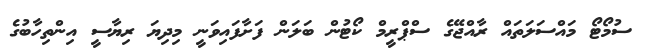
ސުމޯޓޯ މައްސަލަތައް ރާއްޖޭގެ ސްޕްރީމް ކޯޓުން ބަލަން ފަށާފައިވަނީ މިދިޔަ ރިޔާސީ އިންތިހާބުގެ